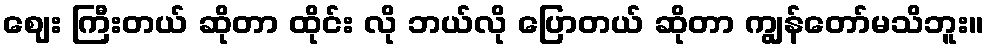
ဈေး ကြီးတယ် ဆိုတာ ထိုင်း လို ဘယ်လို ပြောတယ် ဆိုတာ ကျွန်တော်မသိဘူး။